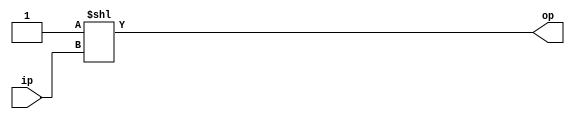
module one_hot_encoder(
    input [insize-1:0] ip,
    output reg [outsize-1:0] op
);
    parameter insize = 4;
    parameter outsize = 16;

    always @(*) begin
        op = 1'b1 << ip;
    end
endmodule